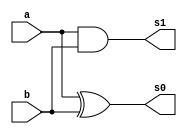
// ---------------------
// Exemplo 05_03 - PRODUTO
// Nome: Jlio Czar Taveira Arajo
// ---------------------

// ---------------------
// -- Meia-Soma
// ---------------------

module meiasoma (s0, s1, a, b);

 output s0,s1;
 input a, b;
 xor (s0,a,b);
 and (s1,a,b);
 
endmodule//meiasoma

// ---------------------
// -- SOMA COMPLETA
// ---------------------

module somaCompleta (s0, s1, a, b, vaium );

input a, b, vaium;
output s0, s1;
wire w1, w2, w3;

meiasoma MS1 (w2,w1,a,b);
meiasoma MS2 (s0,w3,r,vaium);
or (s1,w3,w1);

endmodule//somaCompleta

// ---------------------
// --Produto
// ---------------------

module produto (s0, cout, e0, e1, e2, e3, cin);

input e0, e1, e2, e3, cin;
output s0, cout;

and AND1 (p1,e0, e1);
and AND2 (p2,e2,e3);
somaCompleta soma (s0,cout,p1,p2,cin);

endmodule//produto

// ---------------------
// --Produto Completo 2bits
// ---------------------

module produtoCompleto (s3, s2, s1, s0, a0, a1, b0, b1);

input a0, a1, b0, b1;
output s3, s2, s1, s0;
reg  p = 0;
produto P1 (s0,cout1,p,p,a0,b0,p);
produto P2 (s1,cout2,a0,b1,a1,b0,cout1);
produto P3 (s2,s3,a1,b1,p,p,cout2 );

endmodule//produtoCompleto